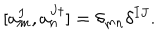
[ a _ { m } ^ { I } , a _ { n } ^ { J \dagger } ] = \delta _ { m n } \delta ^ { I J } .